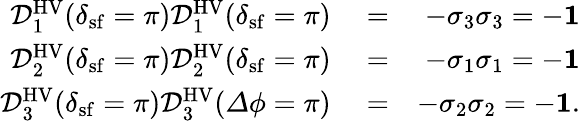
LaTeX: \begin{array}{rlr}{\mathcal{D}_{1}^{\mathrm{HV}}(\delta_{\mathrm{sf}}=\pi)\mathcal{D}_{1}^{\mathrm{HV}}(\delta_{\mathrm{sf}}=\pi)}&{{}=}&{-\sigma_{3}\sigma_{3}=-{\mathbf 1}}\\ {\mathcal{D}_{2}^{\mathrm{HV}}(\delta_{\mathrm{sf}}=\pi)\mathcal{D}_{2}^{\mathrm{HV}}(\delta_{\mathrm{sf}}=\pi)}&{{}=}&{-\sigma_{1}\sigma_{1}=-{\mathbf 1}}\\ {\mathcal{D}_{3}^{\mathrm{HV}}(\delta_{\mathrm{sf}}=\pi)\mathcal{D}_{3}^{\mathrm{HV}}({\mathit\Delta\phi}=\pi)}&{{}=}&{-\sigma_{2}\sigma_{2}=-{\mathbf 1}.}\end{array}